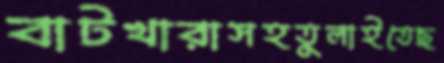
বাটখারাসহতুলাইতেছ